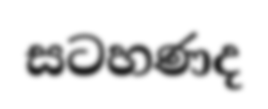
සටහණද